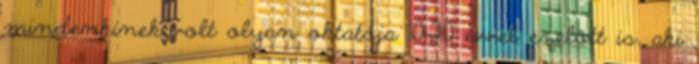
mindenkinek volt olyan oktatója 10-20 évvel ezelőtt is, aki